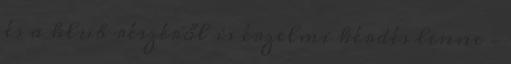
és a klub részéről is érzelmi kérdés lenne –